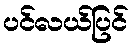
ပင်လယ်ပြင်